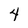
Character: 4